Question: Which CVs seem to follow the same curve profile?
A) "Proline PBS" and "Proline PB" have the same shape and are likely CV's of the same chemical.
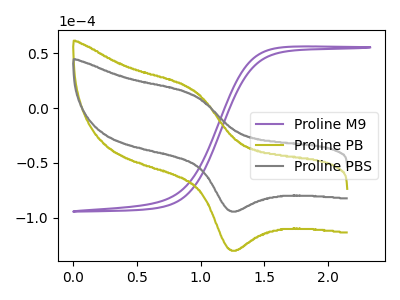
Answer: <think>The purple curve "Proline M9" has no peaks. The olive curve "Proline PB" has an anodic peak at (0.95V, 16.10uA) and a cathodic peak at (1.25V, -129.20uA). The gray curve "Proline PBS" has an anodic peak at (0.95V, 11.70uA) and a cathodic peak at (1.25V, -93.80uA).
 "Proline M9" and "Proline PB" have a different number of peaks. "Proline M9" and "Proline PBS" have a different number of peaks. All the peaks in "Proline PB" have a peak in "Proline PBS" at the same potential. Every peak in "Proline PB" is higher than every peak in "Proline PBS".</think>
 <answer>A) "Proline PBS" and "Proline PB" have the same shape and are likely CV's of the same chemical.</answer>
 <eval>A</eval>